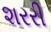
શરરી